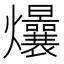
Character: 𤓢